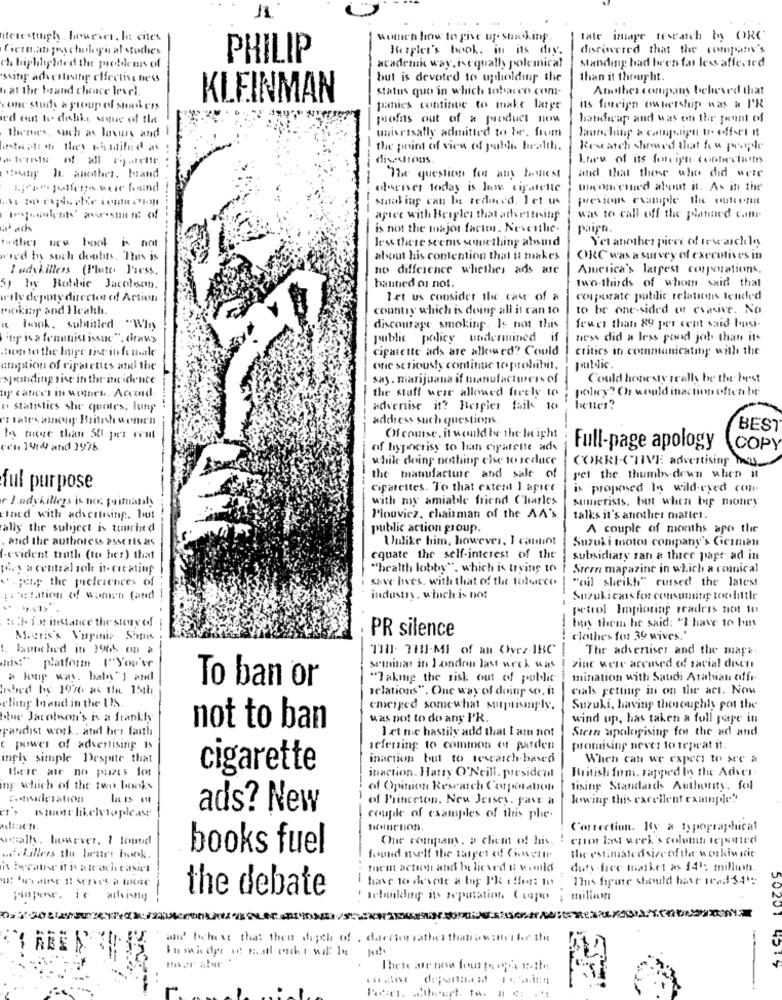
11
interestingh however, Is cites
Women how to give up sur ling.
tale image reseach by ORG
Cierran prachulugn al studies
Hosplet's book, in its day.
discovered that the company's
PHILIP
Standing bad been far less affected
che highhpled the problems of
academic way.isequally polemical
'ssitof advertising effective ness
but is devoted to upholdis the
than it thought.
at the brand cheace level.
Status quo in which tobacco com-
Another company believed that
KLEINMAN
. one studs a group of smokers
pathies continue to make large
its foreign ownership was & P'R
ed out to dislike sestue of the
profits out of a product now
handicap and was on the forum of
themes, such as laxurs and
lautchiny a cathpalipu tr. offset !!
universally admitted to be, from
the point of view of public health.
Research showed that few people
disastrous.
Kuru of its fore igh contiechions
sony h. another. band
"The question for any Paniest
and that those who did uele
observer today is lum cigatelle
Unconcerned about it. As in the
smil ing can In techined. Let us
previous example the ouleenit
apice with Bergles that advertising
was to call off the planned cam-
is not the major factos. Neverthe.
paign.
totther new book is not
less there seems seunething absind
Yet another piece of research le
ned in such doubts. This is
about his contention that it makes
ORC was a survey of executives in
I udykillers (Plate Press,
no difference whether ads are
America's largest corporations.
two-thirds of whom said that
5) by Botdie Jacolson.
hanned or not.
werly deputy director of Action
let us consider the case of a
corporate public relations temled
moking and Health.
country which is doing all it can 10
to be one-sided or evasive. No
« hook. subtitled "WIry
discourage smoking. Is not this
fewer than 89 per cent said bosi-
ity is a fennist issue", draws
public policy undermined if
ness did a less pond job than its
them to the huge sist in fe male
cigarette ads are allowed? Could
critics in communicating with the
umption of cigarettes and the
one seriously continue to prohibit.
public.
"spending rise in the incidence
say. marijuana if manufacturers of
Could honesty really be the best
tiy catice's ine wother. Accord
the stuff were allowed freely to
policy? Or would inaction often be
" Statistics she quotes, lung
advenise it? Bergier faik 10
belles?
ez tales anony British wonen
address such questions.
BEST
Is more than 501 per cent
Of course. it would be the le ight
een 1414 and 1976.
of hypocrisy to han cigarette ads
Full-page apology
COPY
while doing nothing else to reduce
CORRI-CTIVE advertising hey,
the manufacture and salt of
get the thumbs down when it
ful purpose
cigarettes. To that extent I apice
is proposed In wild-eyed con-
r ladykillers is no paimanly
with my amiable friend Charles
Sumerists, but when bip money
rtned with advertising. Iwut
Pouviez, chairman of the AA'S
talks it's another matter.
ally the subject is touched
public action group.
A couple of months apo the
, and the authoress asserts as
Uulike him, however, I cannot
Suzuki motor company's Giciman
f-evident truth (to her) that
equate the self-interest of the
subsidiary ran a three page ad in
pey a central sole itcreating
"health lobby", which is trying to
Stern magazine in which a conical
... peine the preferences of
save lives. with that of the tobacco
"oil sheikh" cursed the latest
:: 'itation of waren (and
industry, which is bot
Suzukicans for consumitip ton little
petrol Imploring readers not to
till. ist inestanice the story of i
-
tous them he said: "I have to but
-
PR silence
Morris's Virginia Shmis
clothes for 39 wives."
1 launched in 1965 on a
110. THI-MI of an OWvez-IBC
The advertiser and the mape.
this:" platform ("You've
seminar in I anden last week was
zinc vere accused of racial disen
a king was. bain") and
To ban or
"Takmg the risk out of public
mination with Saudi Arabiau affr
Inbed by 19776 as the 15th
relations". One way of doing so. it
cials getting in on the act. Now
eling band in the US.
emerged somewhat surprisingly.
Suzuki, having theoughly pot the
Que Jacobson's is a frankly
was not to do any PR.
wind up, has taken a full pape in
pandist work. and her faith
not to ban
Stein apologising for the ad and
I et me hastily add that I am not
power of advertising is
referring to common of parden
promising never to repeat 11.
ingly simple Despite that
inaction but to tesearch-based
When can we expect to see a
cigarette
inaction. Harry O'Neill. president
British form, sapped In the Adver.
ny which of the two banks
of Opinion Research Corporation
tising Standards Authority. fol
of Princeton, New Jersey, pave a
kiwitag this excellent example'
ads? New
couple of examples of this phe.
Correction. By a typographical
walh, however. 1 found
One company, a clem of his. ! cute last week's colonutilepotted
books fuel
The estimated sive of the w oukiwicit
schillers the beurs bonk.
found aself the target of Conentr-
is because it is a trocheasien
the'int action and believed ti wennich
duty-free market as 141: million.
I have to devote a boy P'k offer: Io
This figure should have read$4's
the debate
compose. it advising
! rebuildin its reputation ( capo ; million
and heheese that then depth of . daccior rather thanaw:Herber Ite
--
Inmindre ot mail oder wil In
Thete ate now fourte ogde e .! he
50251 4519
.hvert. ta.